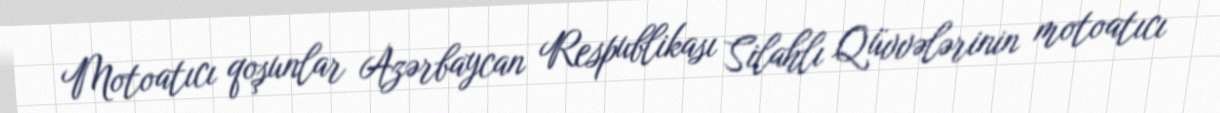
Motoatıcı qoşunlar Azərbaycan Respublikası Silahlı Qüvvələrinin motoatıcı